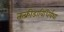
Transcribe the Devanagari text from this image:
तत्क्रीडाविधिर्यथा